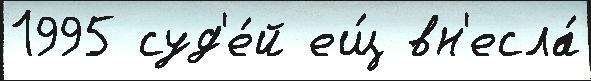
1995 суд'е́й ещ́ вн'есла́